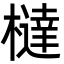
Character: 橽